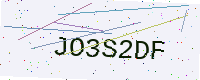
Text: JO3S2DF